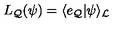
L _ { \cal Q } ( { \psi } ) = \langle e _ { \cal Q } | { \psi } \rangle _ { \cal L }